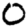
Digit: 0